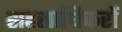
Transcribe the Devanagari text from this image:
सहस्राधिकरों